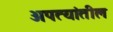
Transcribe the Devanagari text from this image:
अपत्यांतील